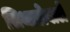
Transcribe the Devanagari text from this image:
सिथारोवाले